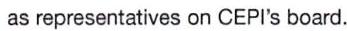
as representatives on CEPI's board.